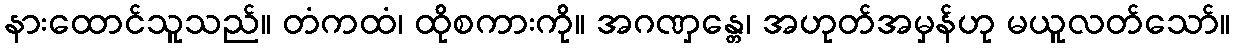
နားထောင်သူသည်။ တံကထံ၊ ထိုစကားကို။ အဂဏှန္တေ၊ အဟုတ်အမှန်ဟု မယူလတ်သော်။